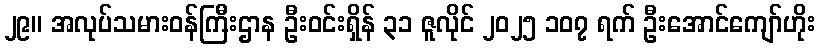
၂၉။ အလုပ်သမားဝန်ကြီးဌာန ဦးဝင်းရှိန် ၃၁ ဇူလိုင် ၂၀၂၅ ၁၀၇ ရက် ဦးအောင်ကျော်ဟိုး